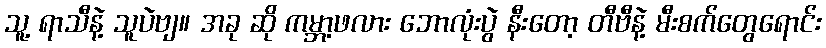
သူ့ ရာသီနဲ့ သူပဲဗျ။ အခု ဆို ကမ္ဘာ့ဖလား ဘောလုံးပွဲ နီးတော့ တီဗီနဲ့ မီးစက်တွေရောင်း